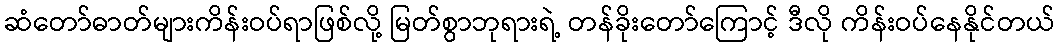
ဆံတော်ဓာတ်များကိန်းဝပ်ရာဖြစ်လို့ မြတ်စွာဘုရားရဲ့ တန်ခိုးတော်ကြောင့် ဒီလို ကိန်းဝပ်နေနိုင်တယ်